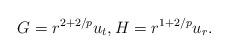
LaTeX: \begin{align*}G = r^{2+2/p} u_t,H = r^{1+2/p} u_r.\end{align*}